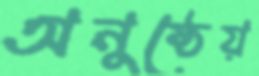
অনুষ্ঠেয়